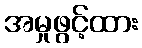
အမှုဖွင့်ထား